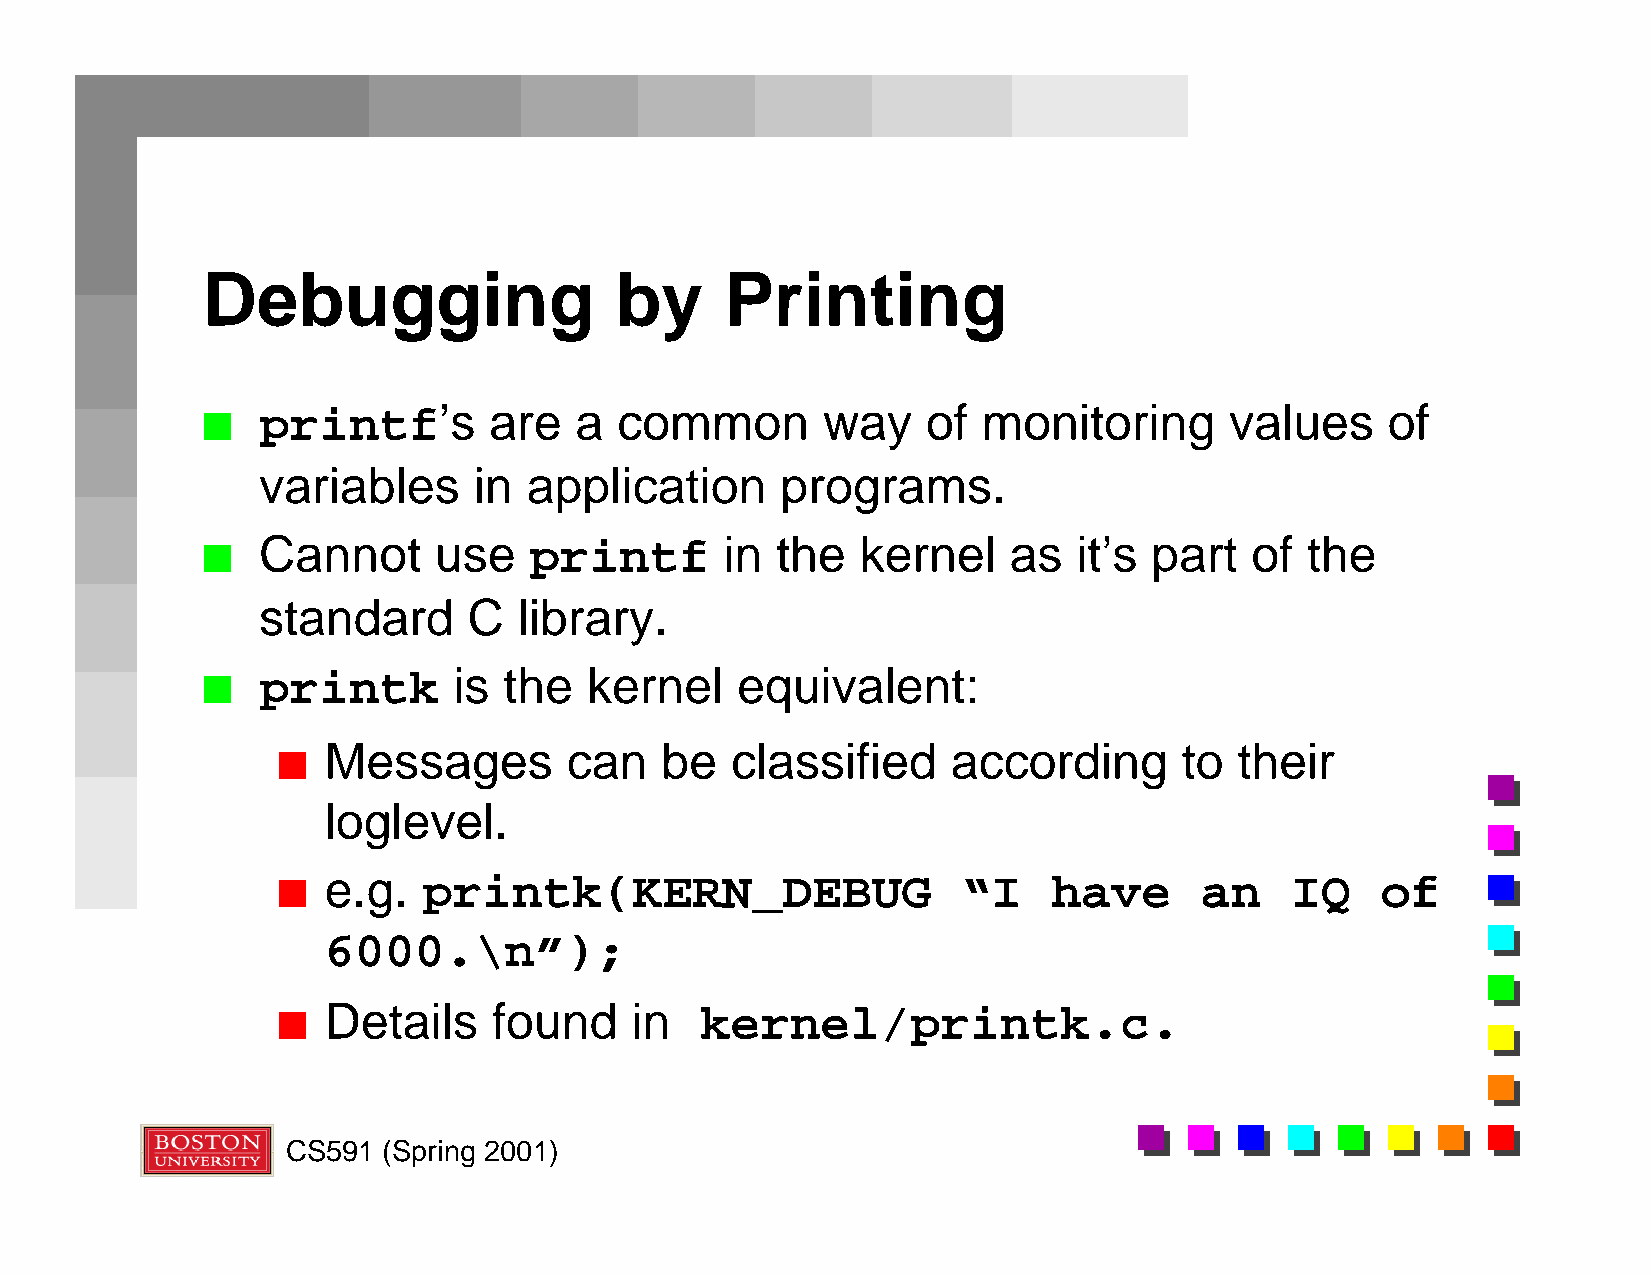
Debugging                   by     Printing
 printf’s       are   a  common       way    of  monitoring      values     of
 n
 variables     in  application      programs.
 Cannot      use   printf       in the   kernel    as  it’s part   of the
 n
 standard      C  library.
 printk       is the   kernel    equivalent:
 n
 Messages        can    be  classified     according      to  their
 n
 loglevel.
 e.g.   printk(KERN_DEBUG                   “I    have     an    IQ    of
 n
 6000.\n”);
 Details     found    in  kernel/printk.c.
 n
 CS591 (Spring 2001)